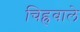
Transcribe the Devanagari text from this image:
चिह्रवाले